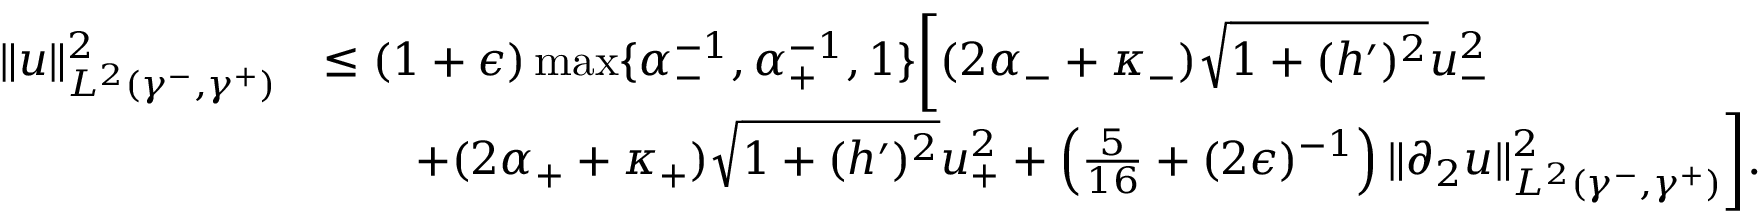
\begin{array} { r l } { \| u \| _ { L ^ { 2 } ( \gamma ^ { - } , \gamma ^ { + } ) } ^ { 2 } } & { \leq ( 1 + \epsilon ) \operatorname* { m a x } \lbrace \alpha _ { - } ^ { - 1 } , \alpha _ { + } ^ { - 1 } , 1 \rbrace \bigg [ ( 2 \alpha _ { - } + \kappa _ { - } ) \sqrt { 1 + ( h ^ { \prime } ) ^ { 2 } } u _ { - } ^ { 2 } } \\ & { \qquad + ( 2 \alpha _ { + } + \kappa _ { + } ) \sqrt { 1 + ( h ^ { \prime } ) ^ { 2 } } u _ { + } ^ { 2 } + \left( \frac { 5 } { 1 6 } + ( 2 \epsilon ) ^ { - 1 } \right) \| \partial _ { 2 } u \| _ { L ^ { 2 } ( \gamma ^ { - } , \gamma ^ { + } ) } ^ { 2 } \bigg ] . } \end{array}